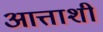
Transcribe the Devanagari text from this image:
आत्ताशी